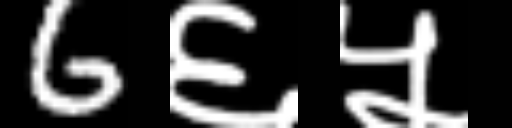
Text: 6६५